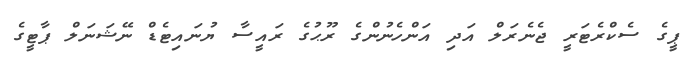
ޕީގެ ސެކްރެޓަރީ ޖެނެރަލް އަދި އަންހެނުންގެ ރޫޙުގެ ރައީސާ ޔުނައިޓެޑް ނޭޝަނަލް ޕާޓީގެ